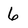
Character: 6